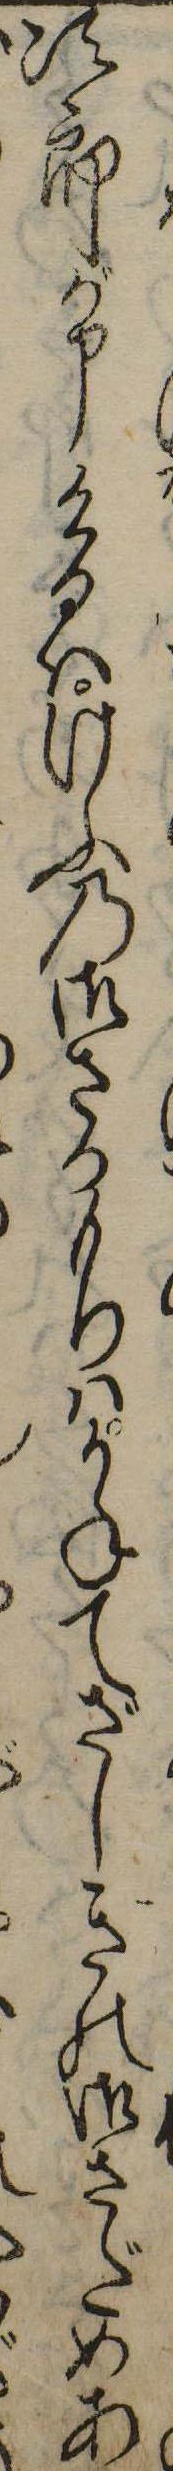
次郎が申けるはけふの御さかもりはかねてざしきの御さだめあ